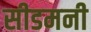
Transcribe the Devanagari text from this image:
सीडमनी